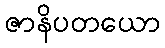
ဇာနိပတယော